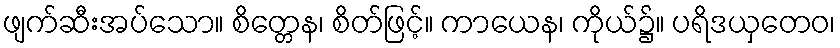
ဖျက်ဆီးအပ်သော။ စိတ္တေန၊ စိတ်ဖြင့်။ ကာယေန၊ ကိုယ်၌။ ပရိဒယှတေဝ၊